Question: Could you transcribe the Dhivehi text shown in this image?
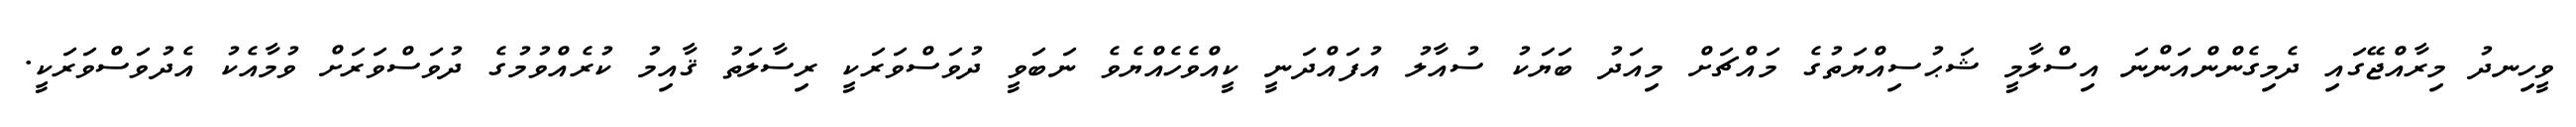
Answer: ވީހިނދު މިރާއްޖޭގައި ދެމިގެންންއަންނަ އިސްލާމީ ޝަޙުސިއްޔަތުގެ މައްޗަށް މިއަދު ބަޔަކު ސުއާލު އުފައްދަނީ ކީއްވެހެއްޔެވެ ނަބަވީ ދުވަސްވަރަކީ ރިސާލަތު ޤާއިމު ކުރެއްވުމުގެ ދުވަސްވަރަށް ވުމާއެކު އެދުވަސްވަރަކީ.